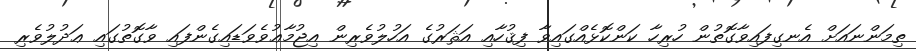
ތިމަންނައަށް އެނގިފައިވާގޮތުން ހުރިހާ ކަންކޮޅެއްގައިވާ ފިޤުހާއި އަޘަރުގެ އަހުލުވެރިން އިޖުމާޢުވެވަޑައިގެންފައި ވާގޮތުގައި ޢަދުލުވެރި